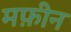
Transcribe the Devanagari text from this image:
मफ़ीन